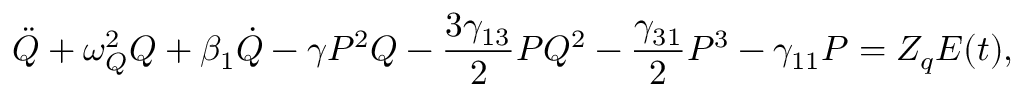
\Ddot { Q } + \omega _ { Q } ^ { 2 } Q + \beta _ { 1 } \dot { Q } - \gamma P ^ { 2 } Q - \frac { 3 \gamma _ { 1 3 } } { 2 } P Q ^ { 2 } - \frac { \gamma _ { 3 1 } } { 2 } P ^ { 3 } - \gamma _ { 1 1 } P = Z _ { q } E ( t ) ,